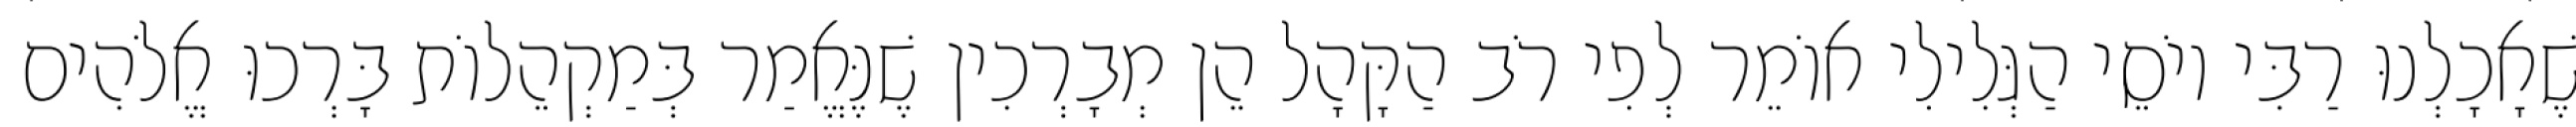
שֶׁאָכָלְנוּ רַבִּי יוֹסֵי הַגְּלִילִי אוֹמֵר לְפִי רֹב הַקָּהָל הֵן מְבָרְכִין שֶׁנֶּאֱמַר בְּמַקְהֵלוֹת בָּרְכוּ אֱלֹהִים